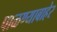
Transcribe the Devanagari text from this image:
पाळण्याबाहेर